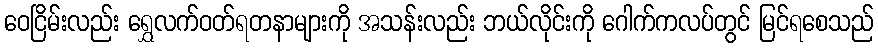
ဝေငြိမ်းလည်း ရွှေလက်ဝတ်ရတနာများကို အသန်းလည်း ဘယ်လိုင်းကို ဂေါက်ကလပ်တွင် မြင်ရစေသည်